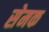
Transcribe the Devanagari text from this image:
सेमक